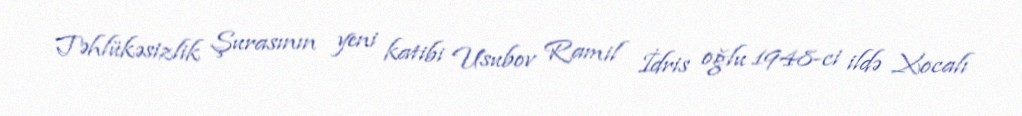
Təhlükəsizlik Şurasının yeni katibi Usubov Ramil İdris oğlu 1948-ci ildə Xocalı